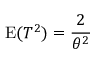
\operatorname { E } ( T ^ { 2 } ) = { \frac { 2 } { \theta ^ { 2 } } }